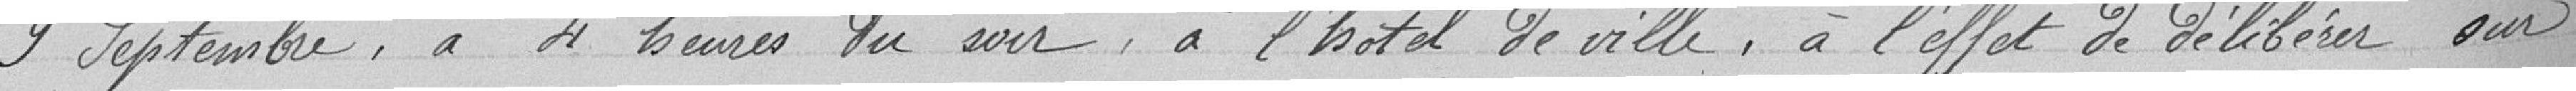
9 Septembre, à 4 heures du soir, à l'Hôtel de ville, à l'effort de délibérer sur